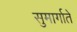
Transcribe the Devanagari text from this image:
सुमार्गाते